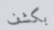
بكشف